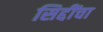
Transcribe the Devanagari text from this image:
सिद्दींचा